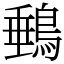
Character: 䳠